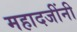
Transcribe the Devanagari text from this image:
महादजींनी